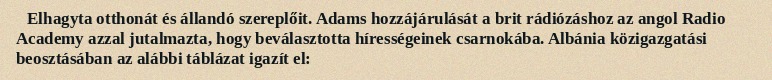
Elhagyta otthonát és állandó szereplőit. Adams hozzájárulását a brit rádiózáshoz az angol Radio Academy azzal jutalmazta, hogy beválasztotta hírességeinek csarnokába. Albánia közigazgatási beosztásában az alábbi táblázat igazít el: